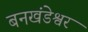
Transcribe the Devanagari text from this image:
बनखंडेश्वर